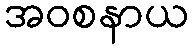
အဝစနာယ